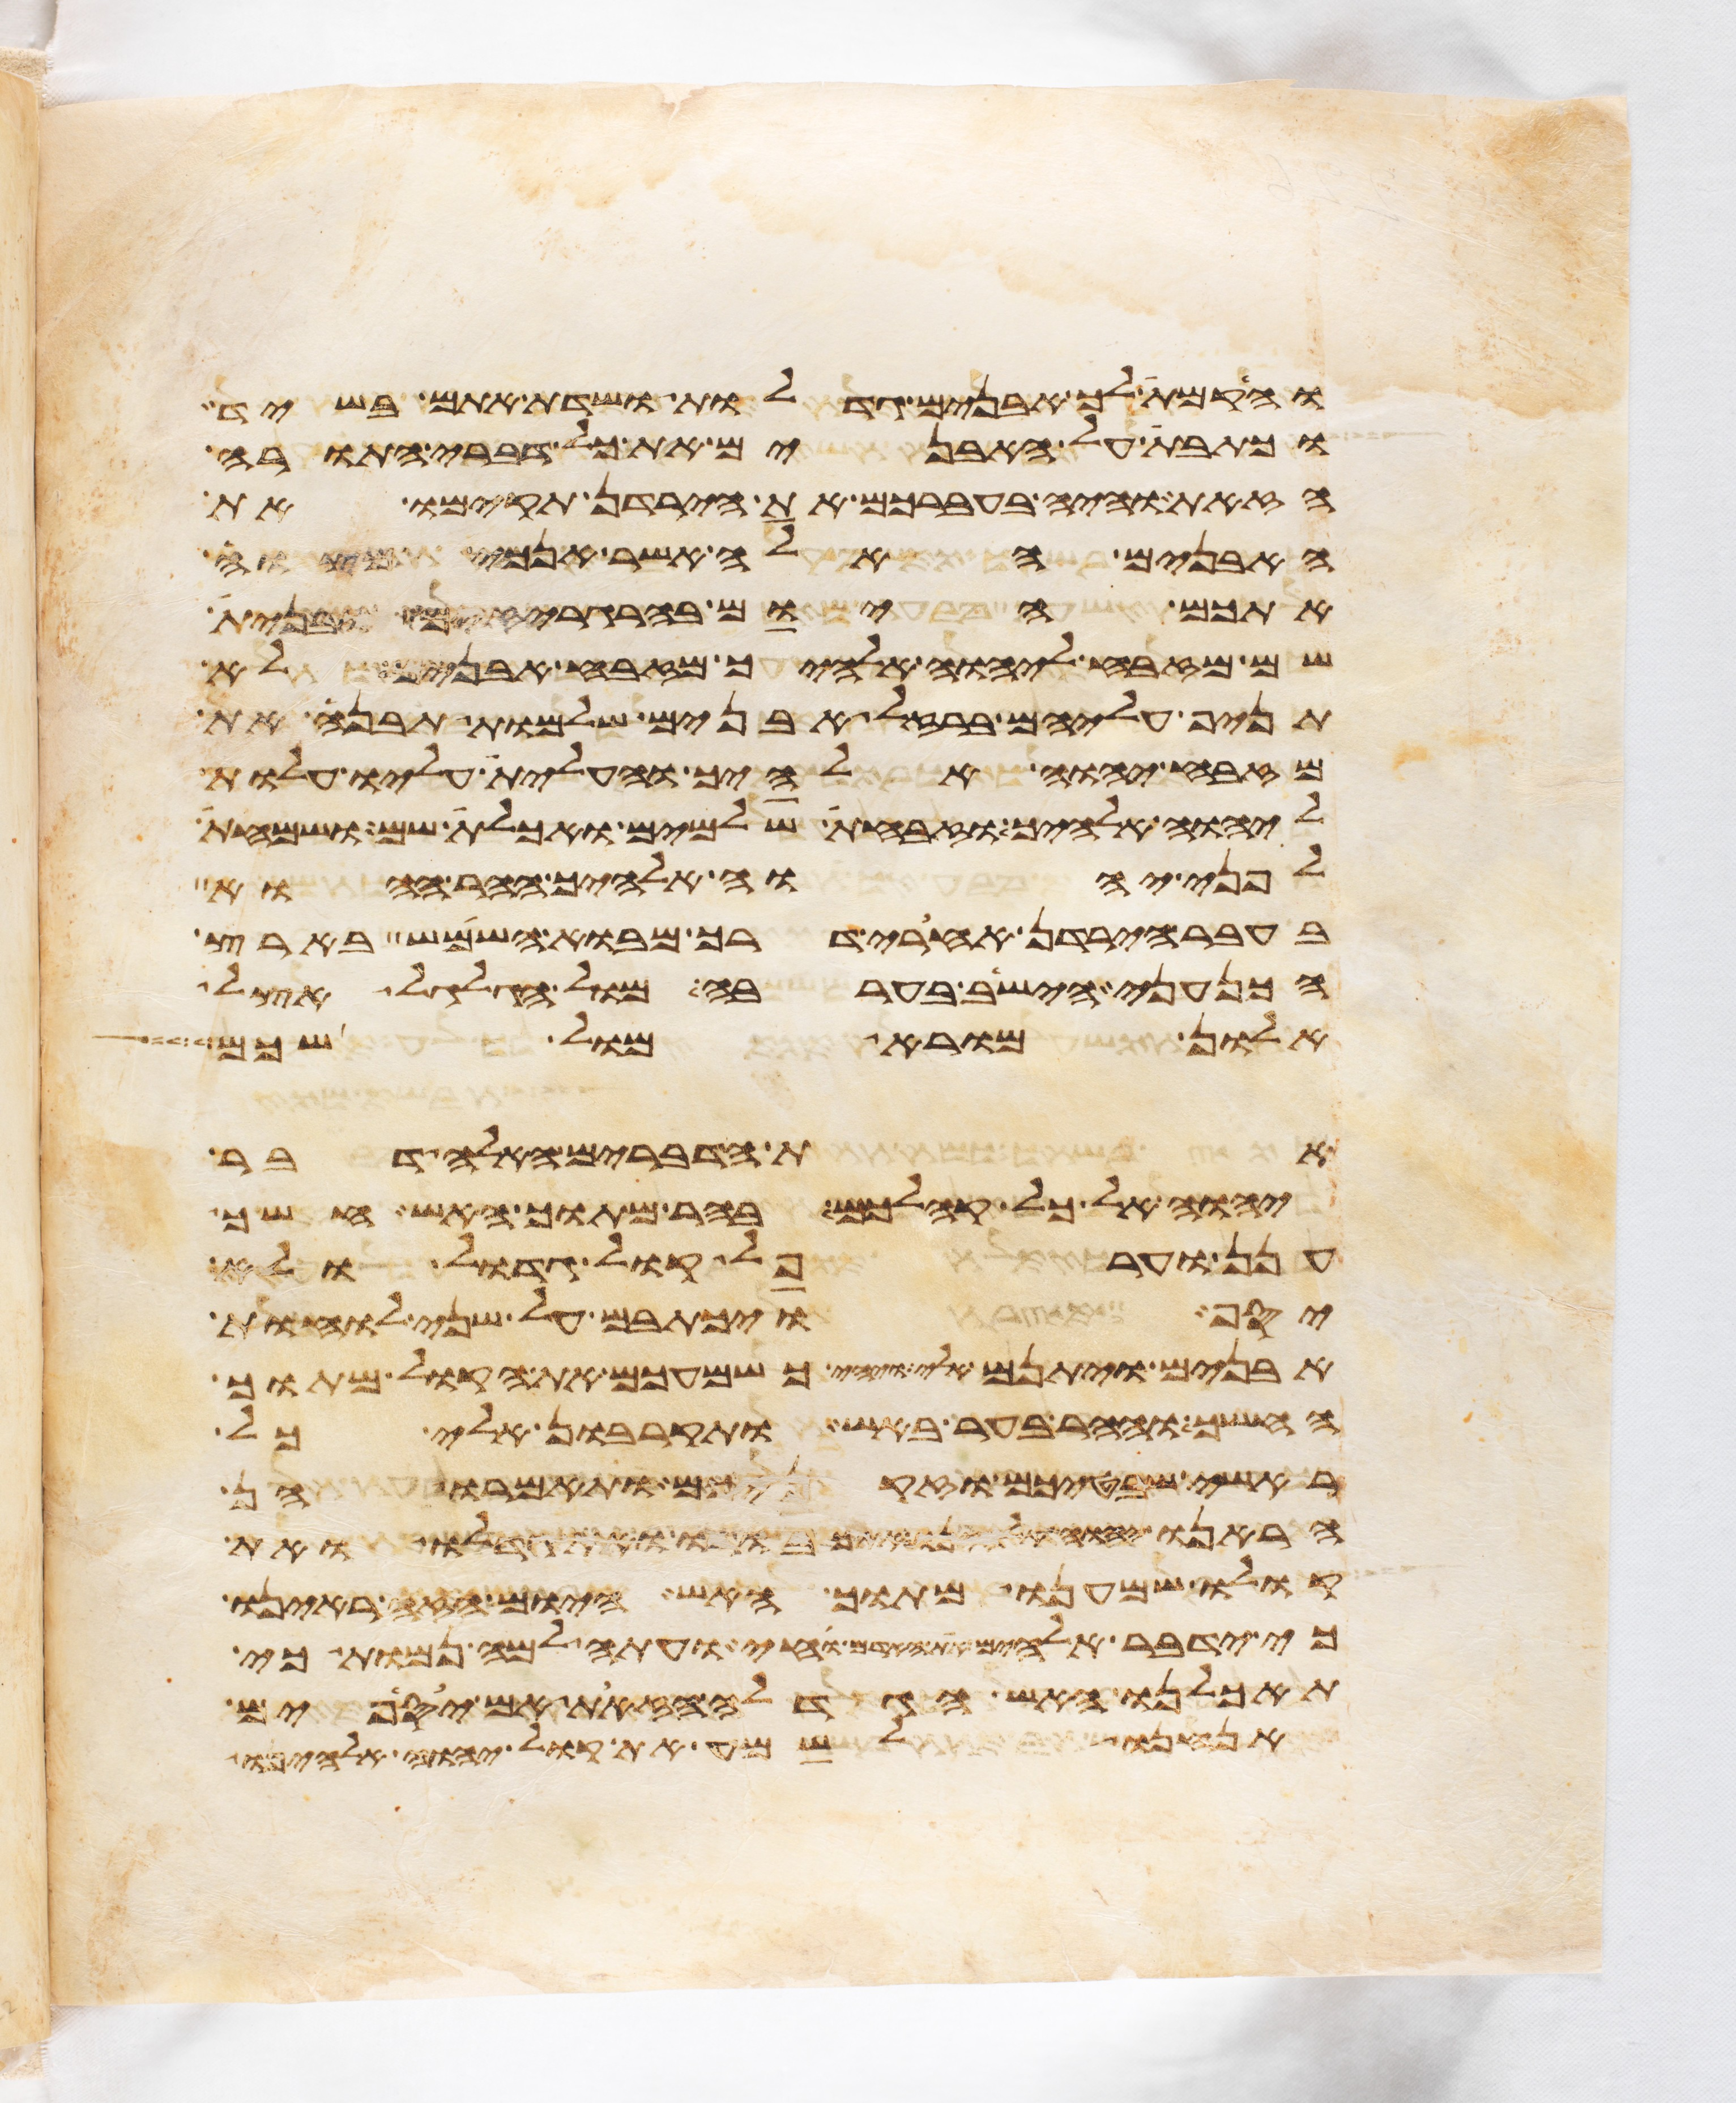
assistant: והקמת לך אבנים גדלות ושדת אתם בשיד
וכתבת על האבנים את כל דברי התורה
הזאת והיה בעברכם את הירדן תקימו את
האבנים האלה אשר אנכי מצוה
אתכם היום בהרגריזים ובנית
שם מזבח ליהוה אלהיך מזבח אבנים לא
תניף עליהם ברזל אבנים שלמות תבנה את
מזבח יהוה אלהיך והעלית עליו עלות
ליהוה אלהיך וזבחת שלמים ואכלת שם ושמחת
לפני יהוה אלהיך ההר ההוא
בעבר הירדן אחרי דרך מבוא השמש בארץ
הכנעני הישב בערבה מול הגלגל אצל
אלון מורא מול שכם
את הדברים האלה דבר
יהוה אל כל קהלכם בהר מתוך האש חשך
ענן וערפל קול גדול ולא
יסף ויכתבם על שני לוחת
אבנים ויתנם אלי ויהי כשמעכם את הקול מתוך
החשך וההר בער באש ותקרבון אלי כל
ראשי שבטיכם וזקניכם ותאמרו הן
הראנו יהוה אלהינו את כבודו ואת גדלו ואת
קולו שמענו מתוך האש היום הזה ראינו
כי ידבר אלהים את האדם וחי ועתה למה נמות כי
תאכלנו האש הגדלה הזאת אם יספים
אנחנו לשמע את קול יהוה אלהינו